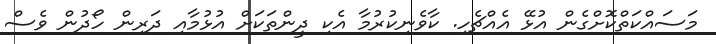
މަސައްކަތްކޮށްގެން އުޅޭ އެއްޗެހި. ކާވެނިކުރުމާ އެކި ދީންތަކަށް އުޅުމާއި ދަރިން ހޯދުން ވެސް